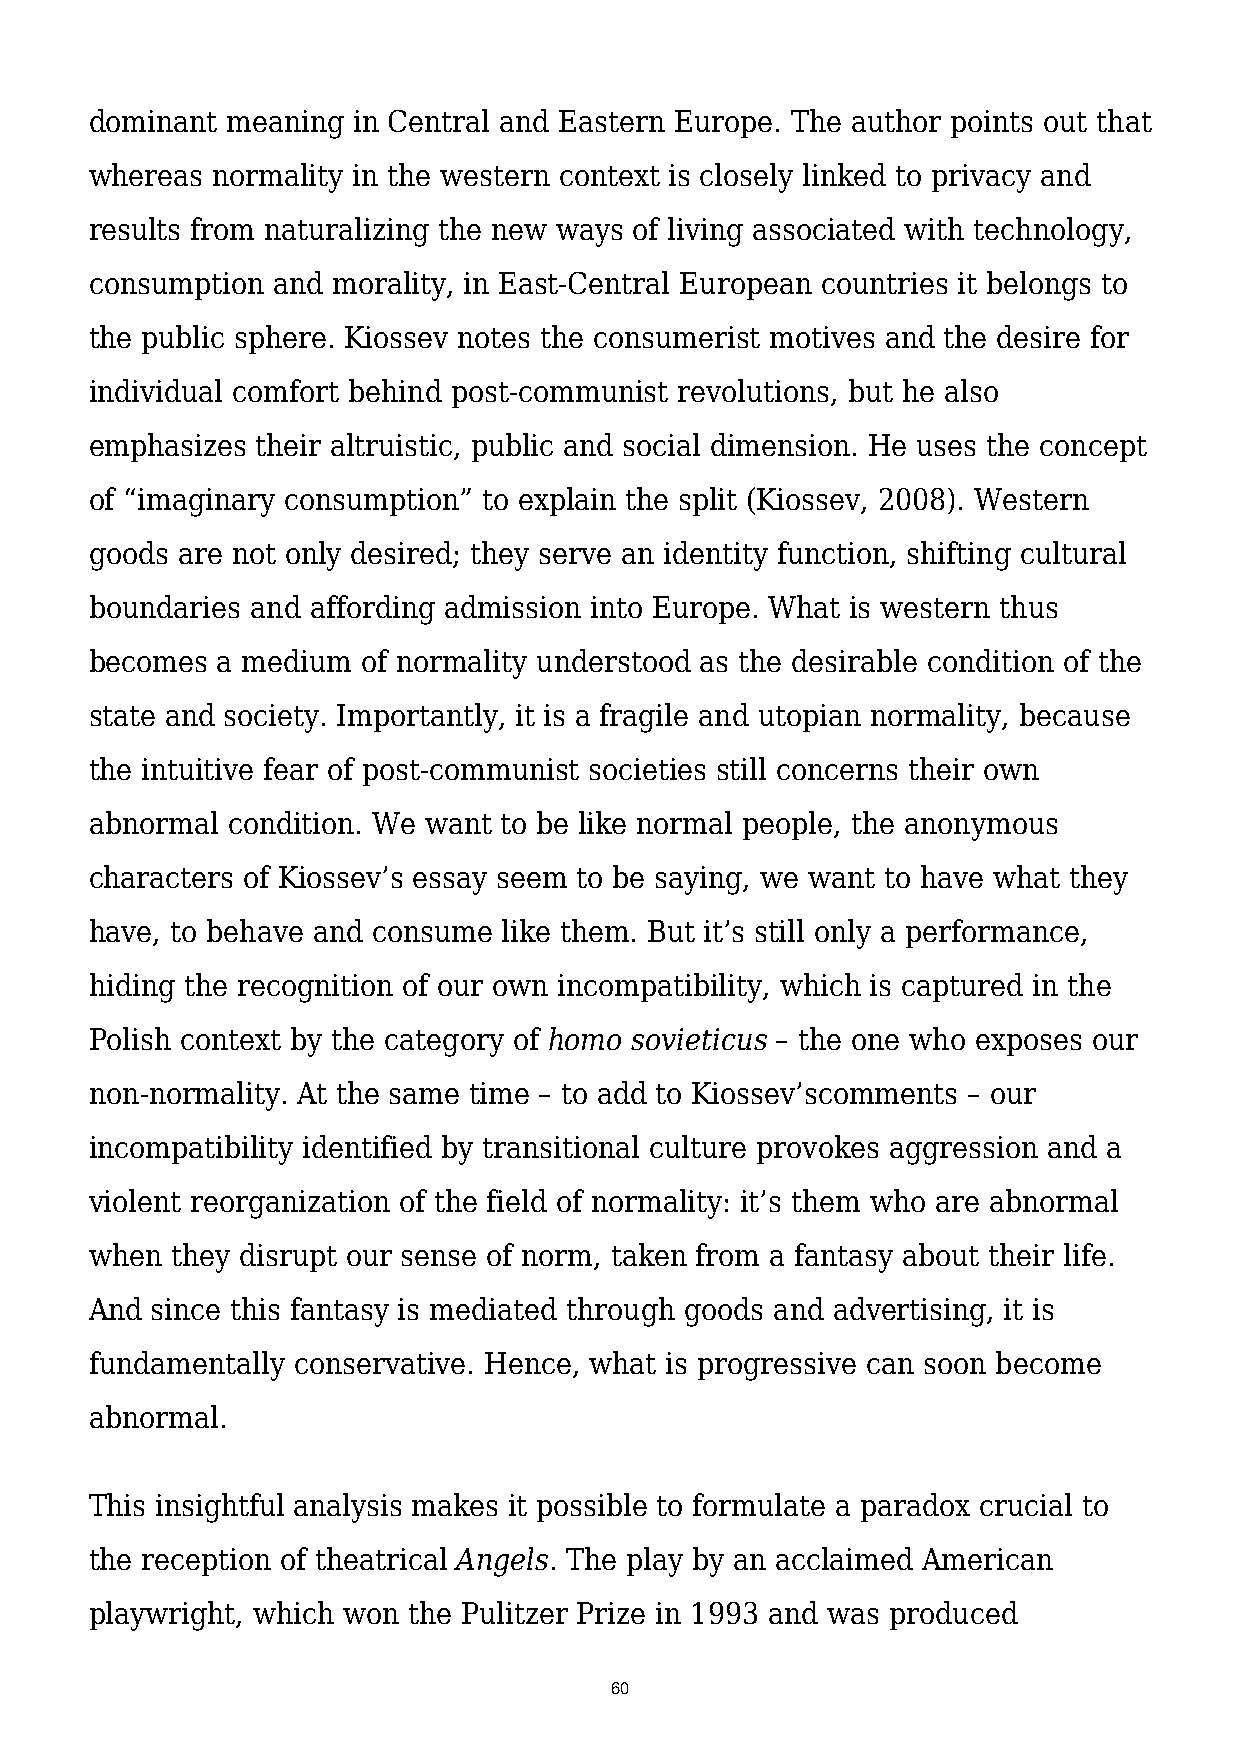
dominant meaning in Central and Eastern Europe. The author points out that
 whereas normality in the western context is closely linked to privacy and
 results from naturalizing the new ways of living associated with technology,
 consumption and morality, in East-Central European countries it belongs to
 the public sphere. Kiossev notes the consumerist motives and the desire for
 individual comfort behind post-communist revolutions, but he also
 emphasizes their altruistic, public and social dimension. He uses the concept
 of “imaginary consumption” to explain the split (Kiossev, 2008). Western
 goods are not only desired; they serve an identity function, shifting cultural
 boundaries and affording admission into Europe. What is western thus
 becomes a medium  of normality understood as the desirable condition of the
 state and society. Importantly, it is a fragile and utopian normality, because
 the intuitive fear of post-communist societies still concerns their own
 abnormal condition. We want to be like normal people, the anonymous
 characters of Kiossev’s essay seem to be saying, we want to have what they
 have, to behave and consume like them. But it’s still only a performance,
 hiding the recognition of our own incompatibility, which is captured in the
 Polish context by the category of homo sovieticus – the one who exposes our
 non-normality. At the same time – to add to Kiossev’scomments – our
 incompatibility identified by transitional culture provokes aggression and a
 violent reorganization of the field of normality: it’s them who are abnormal
 when they disrupt our sense of norm, taken from a fantasy about their life.
 And since this fantasy is mediated through goods and advertising, it is
 fundamentally conservative. Hence, what is progressive can soon become
 abnormal.
 This insightful analysis makes it possible to formulate a paradox crucial to
 the reception of theatrical Angels. The play by an acclaimed American
 playwright, which won the Pulitzer Prize in 1993 and was produced
 60